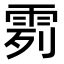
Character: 𩂶